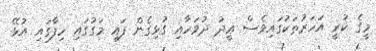
މީގެ ކުރީ އަހަރުތަކުގައިވެސް ޢީދު ދުވަހާއި ގުޅިގެން ފައި މަގުގައި ހިފާގައި އުޅޭ